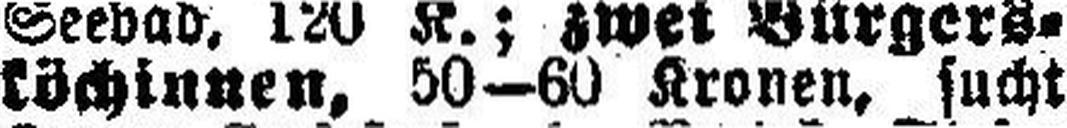
köchinnen, 50—60 Kronen, sucht